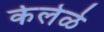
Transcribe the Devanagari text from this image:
केलेळे